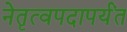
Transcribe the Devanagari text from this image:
नेतृत्वपदापर्यंत